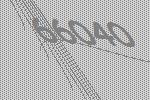
66040